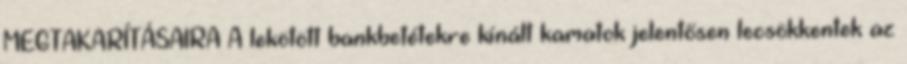
MEGTAKARÍTÁSAIRA A lekötött bankbetétekre kínált kamatok jelentősen lecsökkentek az